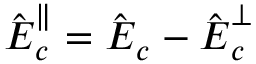
\hat { \boldsymbol E } _ { c } ^ { \parallel } = \hat { \boldsymbol E } _ { c } - \hat { \boldsymbol E } _ { c } ^ { \perp }